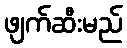
ဖျက်ဆီးမည်